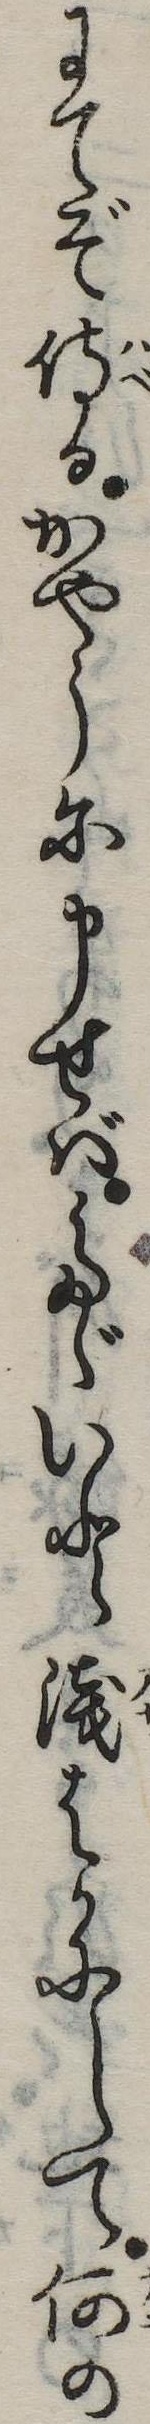
にてぞ侍るかやうに申せばたゞいと浅はかにして何の